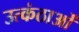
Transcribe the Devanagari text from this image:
उत्कंठाओं